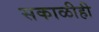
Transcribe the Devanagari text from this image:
सकाळीही